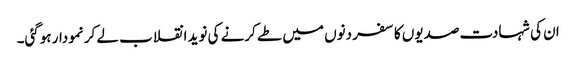
ان کی شہادت صدیوں کا سفر دنوں میں طے کرنے کی نوید انقلاب لے کر نمودار ہوگئی۔